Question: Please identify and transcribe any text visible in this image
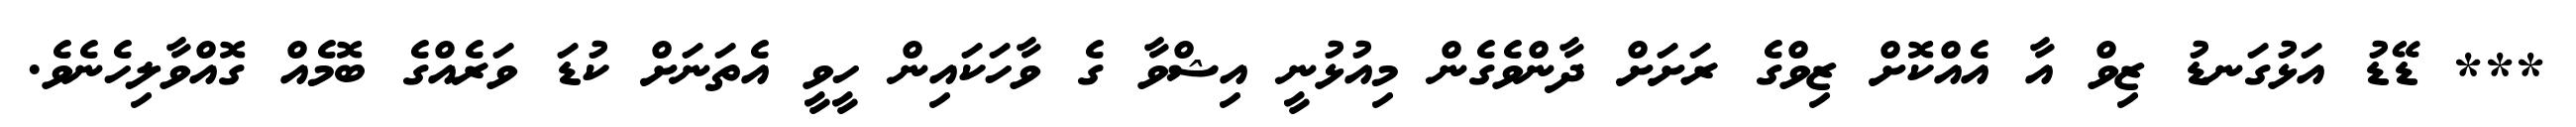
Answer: *** ޑޭޑު އަޅުގަނޑު ޒިވް އާ އެއްކޮށް ޒިވްގެ ރަށަށް ދާންވެގެން މިއުޅުނީ އިޝްވާ ގެ ވާހަކައިން ހީވީ އެތަނަށް ކުޑަ ވަރެއްގެ ބޮމެއް ގޮއްވާލިހެނެވެ.